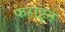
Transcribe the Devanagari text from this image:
फराइन